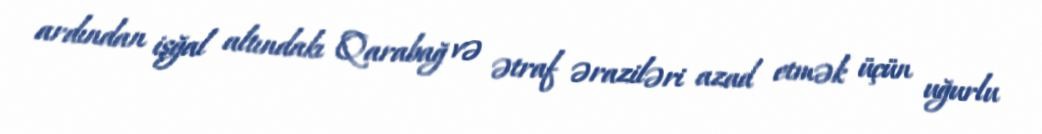
ardından işğal altındakı Qarabağ və ətraf əraziləri azad etmək üçün uğurlu